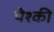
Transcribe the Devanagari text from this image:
पेश्की